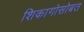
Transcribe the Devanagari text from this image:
शिकागोसोबत